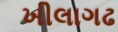
ખીલાગઢ